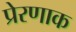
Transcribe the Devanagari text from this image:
प्रेरणाक